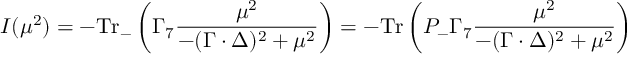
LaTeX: I ( \mu ^ { 2 } ) = - \mathrm { T r } _ { - } \left( \Gamma _ { 7 } \frac { \mu ^ { 2 } } { - ( \Gamma \cdot \Delta ) ^ { 2 } + \mu ^ { 2 } } \right) = - \mathrm { T r } \left( P _ { - } \Gamma _ { 7 } \frac { \mu ^ { 2 } } { - ( \Gamma \cdot \Delta ) ^ { 2 } + \mu ^ { 2 } } \right)